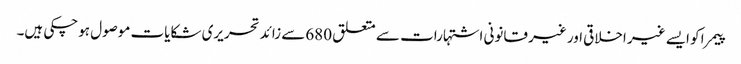
پیمرا کو ایسے غیر اخلاقی اور غیر قانونی اشتہارات سے متعلق 680سے زائد تحریری شکایات موصول ہوچکی ہیں۔